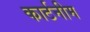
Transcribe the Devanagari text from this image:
कार्टनीम